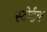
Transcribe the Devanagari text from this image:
स्टोईक